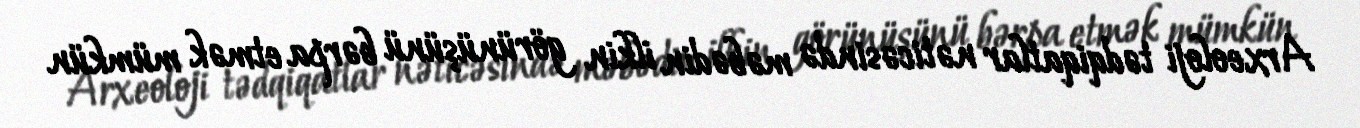
Arxeoloji tədqiqatlar nəticəsində məbədin ilkin görünüşünü bərpa etmək mümkün